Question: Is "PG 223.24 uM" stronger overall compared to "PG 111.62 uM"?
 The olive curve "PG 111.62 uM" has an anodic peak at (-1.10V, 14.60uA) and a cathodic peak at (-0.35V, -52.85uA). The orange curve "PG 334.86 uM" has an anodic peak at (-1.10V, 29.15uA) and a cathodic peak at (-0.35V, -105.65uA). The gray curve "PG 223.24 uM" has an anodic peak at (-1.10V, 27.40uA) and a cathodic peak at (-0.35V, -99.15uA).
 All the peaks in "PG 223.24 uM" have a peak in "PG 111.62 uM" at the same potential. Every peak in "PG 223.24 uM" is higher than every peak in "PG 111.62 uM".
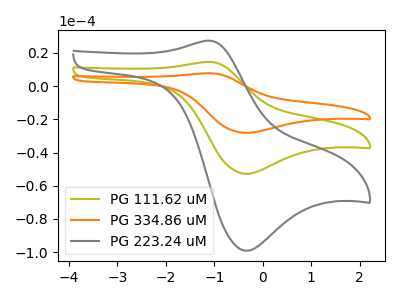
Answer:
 <answer>"PG 223.24 uM" has more signal than "PG 111.62 uM".</answer>
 <eval>more_signal</eval>